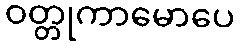
ဝတ္တုကာမောပေ